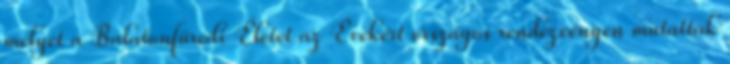
melyet a Balatonfüredi Életet az Évekért országos rendezvényen mutattak